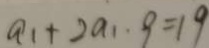
a _ { 1 } + 2 a _ { 1 } \cdot 9 = 1 9